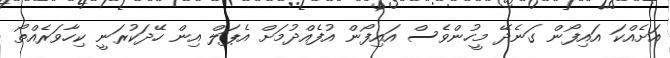
އަށެއްކަ އައިފޯން ގަނެދޭ މީހުންވެސް އައިފޯން އުފެއްދުމަށް އެޕަލް އިން ހޭދަކުރަނީ ކިހާވަރެއްތޯ